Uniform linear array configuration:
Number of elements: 8
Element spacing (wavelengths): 0.5
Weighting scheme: kaiser
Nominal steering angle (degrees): -45
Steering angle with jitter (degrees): -44.191
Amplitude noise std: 0.05
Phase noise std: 0.05

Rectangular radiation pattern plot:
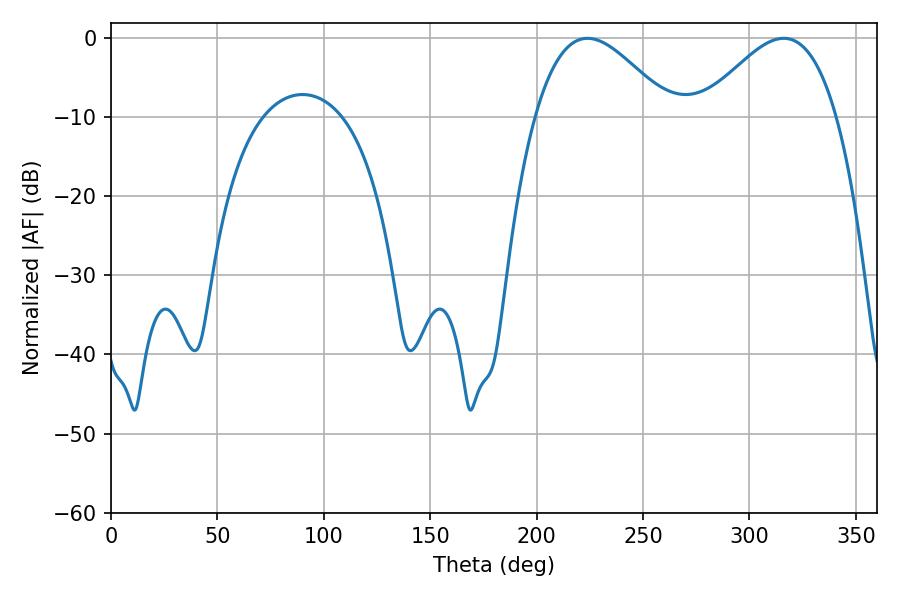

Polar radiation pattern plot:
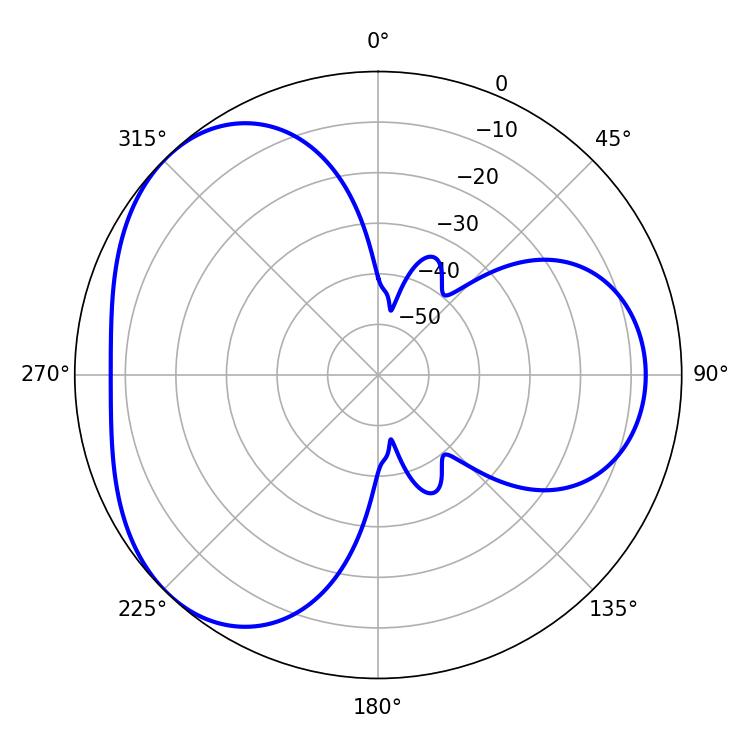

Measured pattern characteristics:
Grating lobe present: FALSE
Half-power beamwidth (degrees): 34.2
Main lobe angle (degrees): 223.92